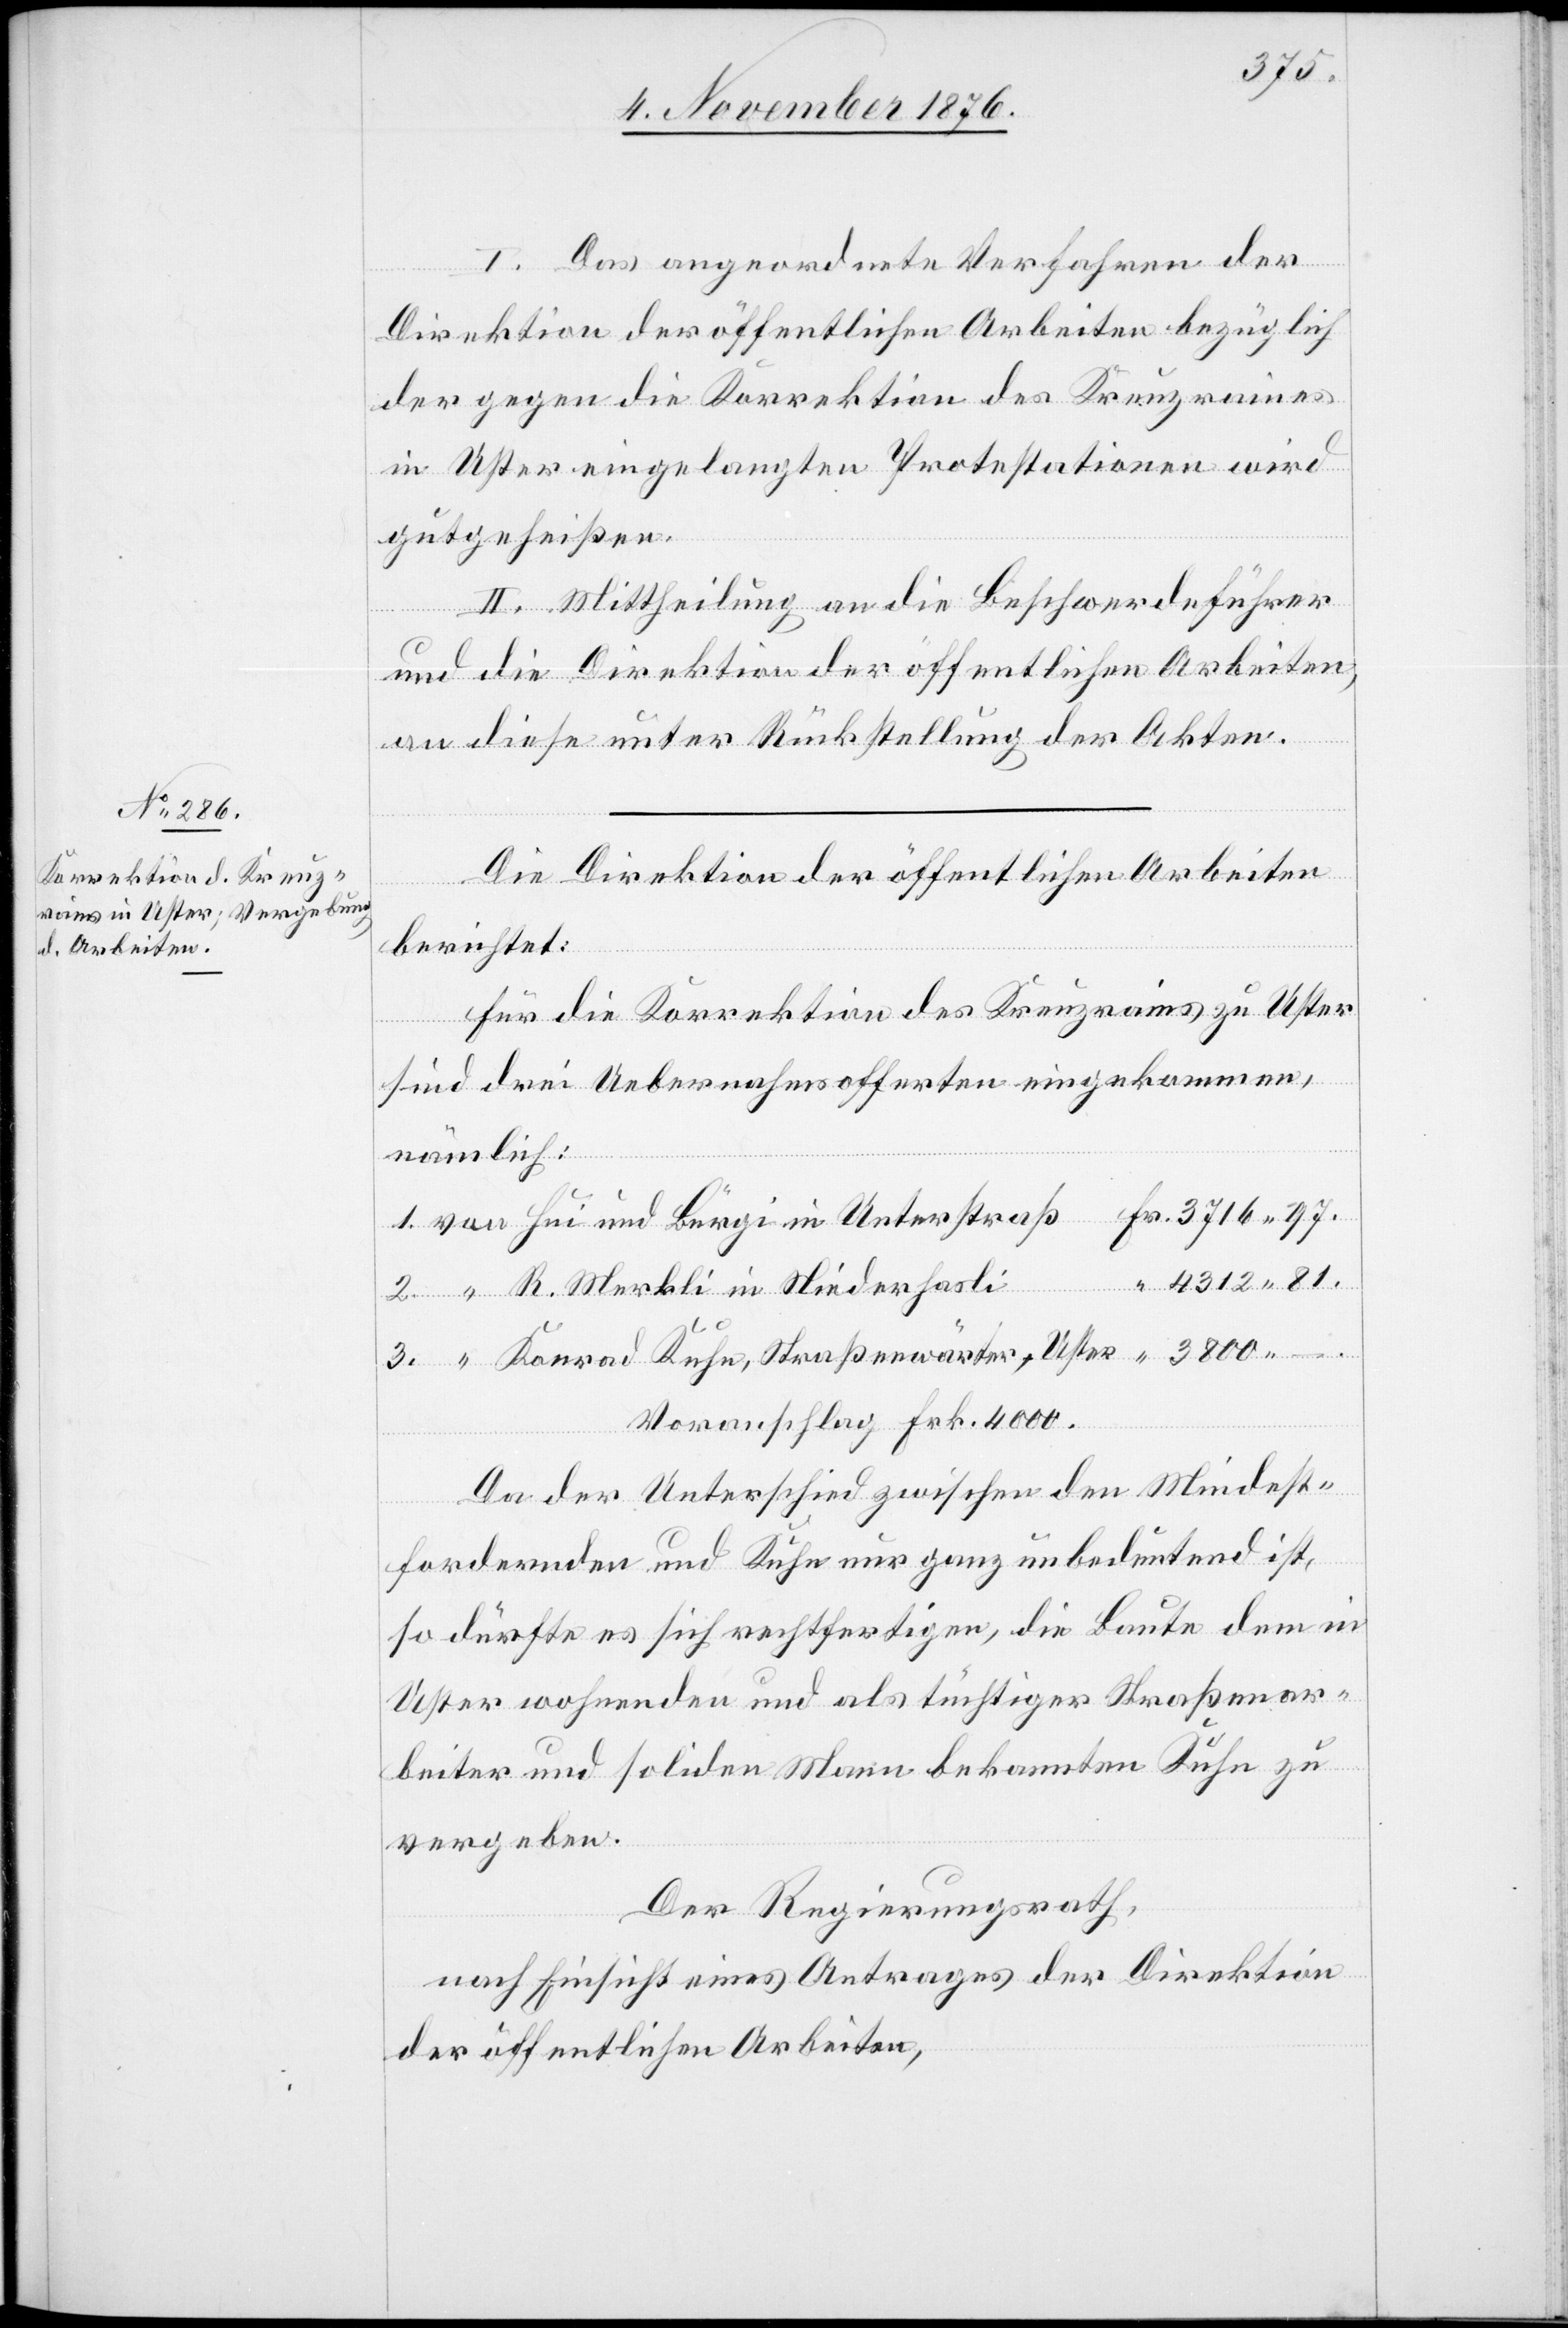
3800
I. Das angeordnete Verfahren der
Direktion der öffentlichen Arbeiten bezüglich
der gegen die Korrektion des Kreuzraines
in Uster eingelegten Protestationen wird
gutgeheißen.
II. Mittheilung an die Beschwerdeführer
und die Direktion der öffentlichen Arbeiten,
Uster
an diese unter Rückstellung der Akten.
Die Direktion der öffentlichen Arbeiten
berichtet:
Für die Korrektion des Kreuzrains zu Uster
sind drei Uebernahmsofferten eingekommen,
nämlich:
R. Merkli in Niederhasli
Voranschlag Fr. 4000.
Da der Unterschied zwischen den Mindest¬
fordernden und Kuhn nur ganz unbedeutend ist,
so dürfte es sich rechtfertigen, die Baute dem in
Uster wohnenden und als tüchtiger Straßenar¬
beiter und solider Mann bekannten Kuhn zu
vergeben.
Der Regierungsrath,
nach Einsicht eines Antrages der Direktion
der öffentlichen Arbeiten,